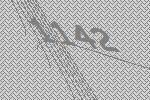
1142